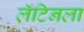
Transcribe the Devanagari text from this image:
लॅटिनला